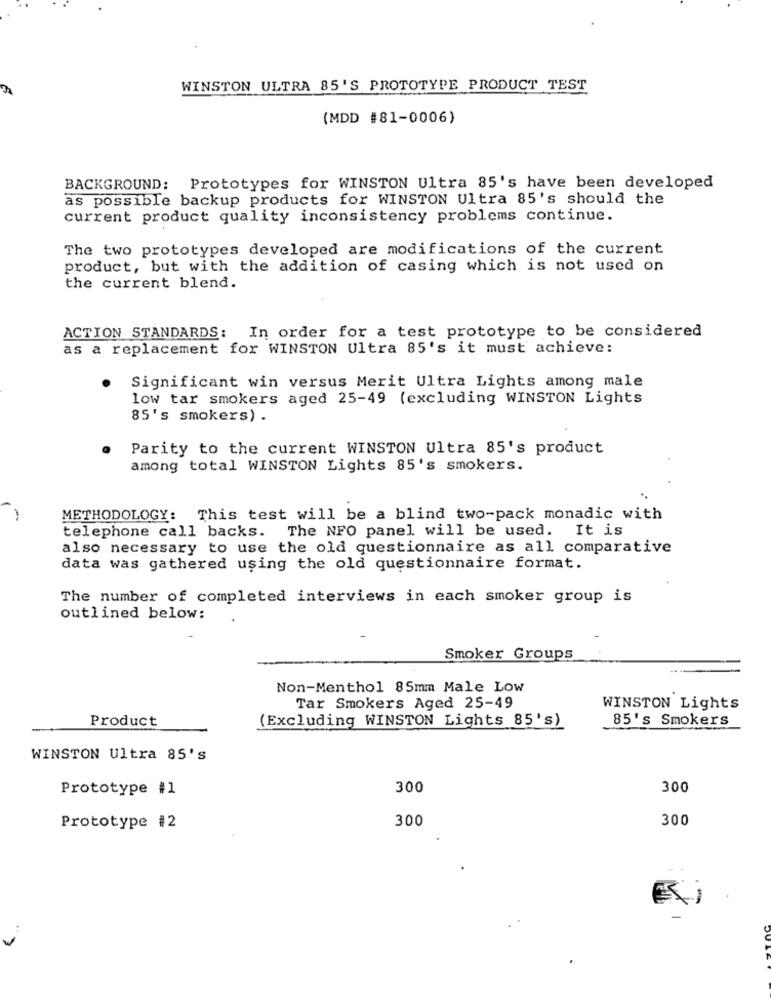
WINSTON ULTRA 85'S PROTOTYPE PRODUCT TEST
(MDD #81-0006)
BACKGROUND: Prototypes for WINSTON Ultra 85's have been developed
as possible backup products for WINSTON Ultra 85's should the
current product quality inconsistency problems continue.
The two prototypes developed are modifications of the current
product, but with the addition of casing which is not used on
the current blend.
ACTION STANDARDS: In order for a test prototype to be considered
as a replacement for WINSTON Ultra 85's it must achieve:
Significant win versus Merit Ultra Lights among male
low tar smokers aged 25-49 (excluding WINSTON Lights
85's smokers) .
Parity to the current WINSTON Ultra 85's product
among total WINSTON Lights 85's smokers.
-
METHODOLOGY: This test will be a blind two-pack monadic with
telephone call backs. The NFO panel will be used. It is
also necessary to use the old questionnaire as all comparative
data was gathered using the old questionnaire format.
The number of completed interviews in each smoker group is
outlined below:
Smoker Groups
Non-Menthol 85mm Male Low
Tar Smokers Aged 25-49
WINSTON Lights
Product
(Excluding WINSTON Lights 85's)
85's Smokers
WINSTON Ultra 85's
Prototype #1
300
300
300
300
Prototype #2